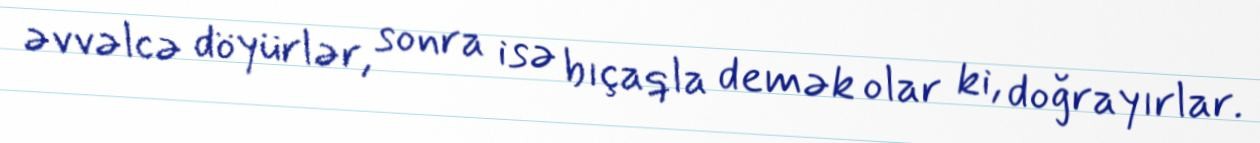
əvvəlcə döyürlər, sonra isə bıçaqla demək olar ki, doğrayırlar.